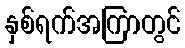
နှစ်ရက်အကြာတွင်